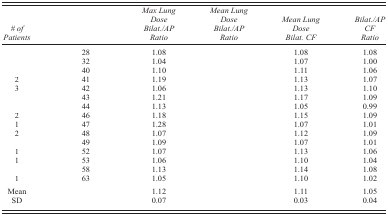
<table><thead><tr><td><b><i># of Patients</i></b></td><td>[EMPTY_CELL]</td><td><b><i>Max Lung Dose Bilat./AP Ratio</i></b></td><td><b><i>Mean Lung Dose Bilat./AP Ratio</i></b></td><td><b><i>Mean Lung Dose Bilat. CF</i></b></td><td><b><i>Bilat./AP CF Ratio</i></b></td></tr></thead><tbody><tr><td>[EMPTY_CELL]</td><td>28</td><td>1.08</td><td>[EMPTY_CELL]</td><td>1.08</td><td>1.08</td></tr><tr><td>[EMPTY_CELL]</td><td>32</td><td>1.04</td><td>[EMPTY_CELL]</td><td>1.07</td><td>1.00</td></tr><tr><td>[EMPTY_CELL]</td><td>40</td><td>1.10</td><td>[EMPTY_CELL]</td><td>1.11</td><td>1.06</td></tr><tr><td>2</td><td>41</td><td>1.19</td><td>[EMPTY_CELL]</td><td>1.13</td><td>1.07</td></tr><tr><td>3</td><td>42</td><td>1.06</td><td>[EMPTY_CELL]</td><td>1.13</td><td>1.10</td></tr><tr><td>[EMPTY_CELL]</td><td>43</td><td>1.21</td><td>[EMPTY_CELL]</td><td>1.17</td><td>1.09</td></tr><tr><td>[EMPTY_CELL]</td><td>44</td><td>1.13</td><td>[EMPTY_CELL]</td><td>1.05</td><td>0.99</td></tr><tr><td>2</td><td>46</td><td>1.18</td><td>[EMPTY_CELL]</td><td>1.15</td><td>1.09</td></tr><tr><td>1</td><td>47</td><td>1.28</td><td>[EMPTY_CELL]</td><td>1.07</td><td>1.01</td></tr><tr><td>2</td><td>48</td><td>1.07</td><td>[EMPTY_CELL]</td><td>1.12</td><td>1.09</td></tr><tr><td>[EMPTY_CELL]</td><td>49</td><td>1.09</td><td>[EMPTY_CELL]</td><td>1.07</td><td>1.01</td></tr><tr><td>1</td><td>52</td><td>1.07</td><td>[EMPTY_CELL]</td><td>1.13</td><td>1.06</td></tr><tr><td>1</td><td>53</td><td>1.06</td><td>[EMPTY_CELL]</td><td>1.10</td><td>1.04</td></tr><tr><td>[EMPTY_CELL]</td><td>58</td><td>1.13</td><td>[EMPTY_CELL]</td><td>1.14</td><td>1.08</td></tr><tr><td>1</td><td>63</td><td>1.05</td><td>[EMPTY_CELL]</td><td>1.10</td><td>1.02</td></tr><tr><td>Mean</td><td>[EMPTY_CELL]</td><td>1.12</td><td>[EMPTY_CELL]</td><td>1.11</td><td>1.05</td></tr><tr><td>SD</td><td>[EMPTY_CELL]</td><td>0.07</td><td>[EMPTY_CELL]</td><td>0.03</td><td>0.04</td></tr></tbody></table>